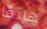
هاتفا